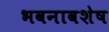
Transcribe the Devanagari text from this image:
भवनावशेष